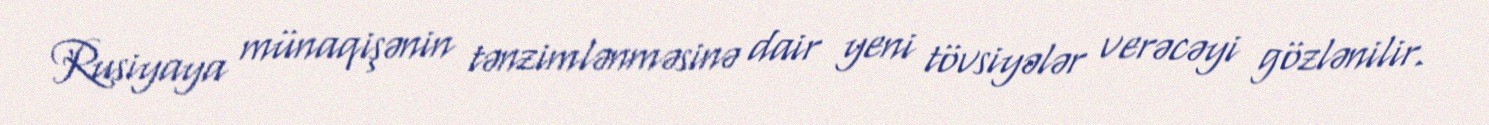
Rusiyaya münaqişənin tənzimlənməsinə dair yeni tövsiyələr verəcəyi gözlənilir.